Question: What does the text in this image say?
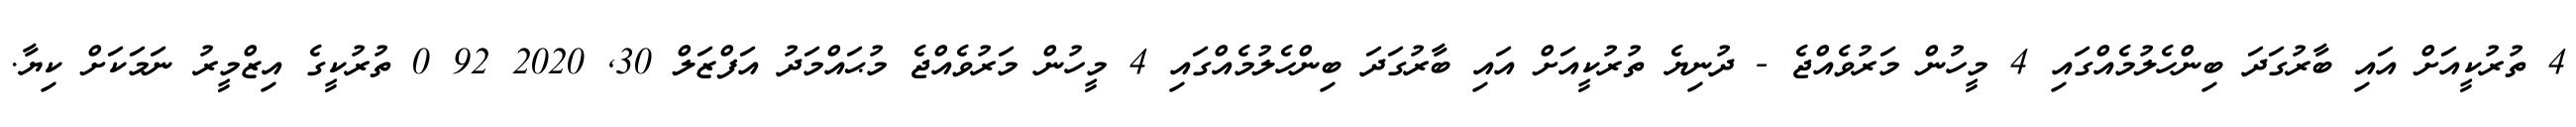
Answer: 4 ތުރުކީއަށް އައި ބާރުގަދަ ބިންހެލުމެއްގައި 4 މީހުން މަރުވެއްޖެ - ދުނިޔެ ތުރުކީއަށް އައި ބާރުގަދަ ބިންހެލުމެއްގައި 4 މީހުން މަރުވެއްޖެ މުޙައްމަދު އަފްޒަލް 30, 2020 92 0 ތުރުކީގެ އިޒްމީރު ނަމަކަށް ކިޔާ.